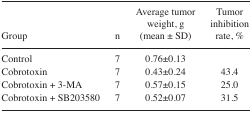
| Group | n | Average tumor weight, g (mean ± SD) | Tumor inhibition rate, % |
 | --- | --- | --- | --- |
 | Control | 7 | 0.76±0.13 |  |
 | Cobrotoxin | 7 | 0.43±0.24 | 43.4 |
 | Cobrotoxin + 3-MA | 7 | 0.57±0.15 | 25.0 |
 | Cobrotoxin + SB203580 | 7 | 0.52±0.07 | 31.5 |